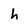
Character: h